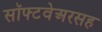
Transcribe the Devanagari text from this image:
सॉफ्टवेअरसह